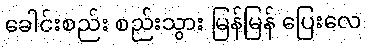
ခေါင်းစည်း စည်းသွား မြန်မြန် ပြေးလေ